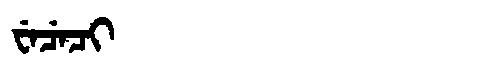
Manchu: ᠸᡝᠴᡝᠴᡳ
Romanization: WECECI